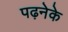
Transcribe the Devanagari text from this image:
पढ़नेके